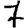
Digit: 7